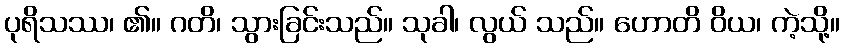
ပုရိသဿ၊ ၏။ ဂတိ၊ သွားခြင်းသည်။ သုခါ၊ လွယ် သည်။ ဟောတိ ဝိယ၊ ကဲ့သို့။